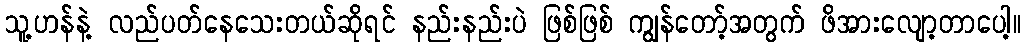
သူ့ဟန်နဲ့ လည်ပတ်နေသေးတယ်ဆိုရင် နည်းနည်းပဲ ဖြစ်ဖြစ် ကျွန်တော့်အတွက် ဖိအားလျော့တာပေါ့။